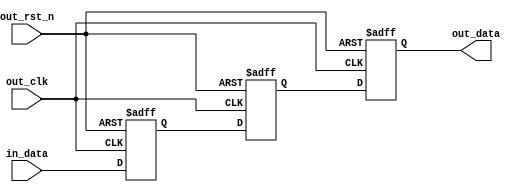
//////////////////////////////////////////////////////////////////////
////                                                              ////
////  Tubo 8051 cores common library Module                       ////
////                                                              ////
////  This file is part of the Turbo 8051 cores project           ////
////  http://www.opencores.org/cores/turbo8051/                   ////
////                                                              ////
////  Description                                                 ////
////  Turbo 8051 definitions.                                     ////
////                                                              ////
////  To Do:                                                      ////
////    nothing                                                   ////
////                                                              ////
////  Author(s):                                                  ////
////      - Dinesh Annayya, dinesha@opencores.org                 ////
////                                                              ////
//////////////////////////////////////////////////////////////////////
////                                                              ////
//// Copyright (C) 2000 Authors and OPENCORES.ORG                 ////
////                                                              ////
//// This source file may be used and distributed without         ////
//// restriction provided that this copyright statement is not    ////
//// removed from the file and that any derivative work contains  ////
//// the original copyright notice and the associated disclaimer. ////
////                                                              ////
//// This source file is free software; you can redistribute it   ////
//// and/or modify it under the terms of the GNU Lesser General   ////
//// Public License as published by the Free Software Foundation; ////
//// either version 2.1 of the License, or (at your option) any   ////
//// later version.                                               ////
////                                                              ////
//// This source is distributed in the hope that it will be       ////
//// useful, but WITHOUT ANY WARRANTY; without even the implied   ////
//// warranty of MERCHANTABILITY or FITNESS FOR A PARTICULAR      ////
//// PURPOSE.  See the GNU Lesser General Public License for more ////
//// details.                                                     ////
////                                                              ////
//// You should have received a copy of the GNU Lesser General    ////
//// Public License along with this source; if not, download it   ////
//// from http://www.opencores.org/lgpl.shtml                     ////
////                                                              ////
//////////////////////////////////////////////////////////////////////
//----------------------------------------------------------------------------
// Simple Double sync logic with Reset value = 1
// This double signal should be used for signal transiting from low to high
//----------------------------------------------------------------------------

module double_sync_low   (
              in_data    ,
              out_clk    ,
              out_rst_n  ,
              out_data   
          );

parameter WIDTH = 1;

input [WIDTH-1:0]    in_data    ; // Input from Different clock domain
input                out_clk    ; // Output clock
input                out_rst_n  ; // Active low Reset
output[WIDTH-1:0]    out_data   ; // Output Data


reg [WIDTH-1:0]     in_data_s  ; // One   Cycle sync 
reg [WIDTH-1:0]     in_data_2s ; // two   Cycle sync 
reg [WIDTH-1:0]     in_data_3s ; // three Cycle sync 

assign out_data =  in_data_3s;

always @(negedge out_rst_n or posedge out_clk)
begin
   if(out_rst_n == 1'b0)
   begin
      in_data_s  <= {WIDTH{1'b1}};
      in_data_2s <= {WIDTH{1'b1}};
      in_data_3s <= {WIDTH{1'b1}};
   end
   else
   begin
      in_data_s  <= in_data;
      in_data_2s <= in_data_s;
      in_data_3s <= in_data_2s;
   end
end


endmodule